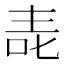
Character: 𱒷